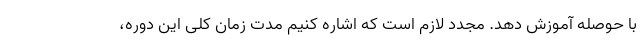
با حوصله آموزش دهد. مجدد لازم است که اشاره کنیم مدت زمان کلی این دوره،